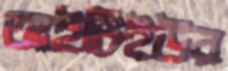
আইটিইউর